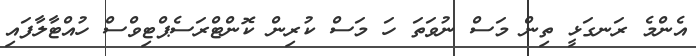
އެންމެ ރަނގަޅީ ތިން މަސް ނުވަތަ ހަ މަސް ކުރިން ކޮންޓްރަސެޕްޓިވްސް ހުއްޓާލާފައި